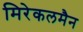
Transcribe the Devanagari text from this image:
मिरेकलमैन